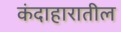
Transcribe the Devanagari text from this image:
कंदाहारातील